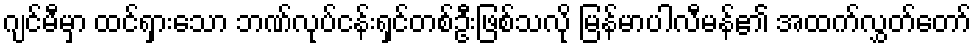
ဂျင်မီမှာ ထင်ရှားသော ဘဏ်လုပ်ငန်းရှင်တစ်ဦးဖြစ်သလို မြန်မာပါလီမန်၏ အထက်လွှတ်တော်